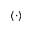
\langle \cdot \rangle